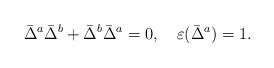
LaTeX: \begin{align*}\bar{\Delta}^a\bar{\Delta}^b+\bar{\Delta}^b\bar{\Delta}^a=0,\quad\varepsilon(\bar{\Delta}^a)=1.\end{align*}